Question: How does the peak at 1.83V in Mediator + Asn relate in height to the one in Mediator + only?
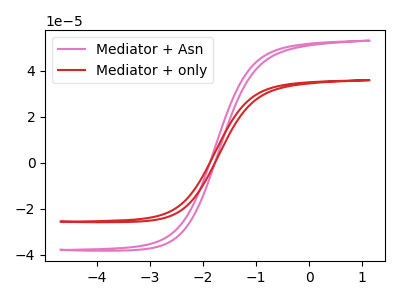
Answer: <think>The pink curve "Mediator + Asn" has no peaks. The red curve "Mediator + only" has no peaks.</think>
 <answer>"Mediator + Asn" and "Mediator + only" dont share a peak at 1.83V.</answer>
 <eval>mismatch</eval>